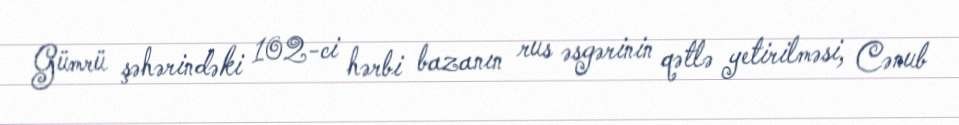
Gümrü şəhərindəki 102-ci hərbi bazanın rus əsgərinin qətlə yetirilməsi, Cənub